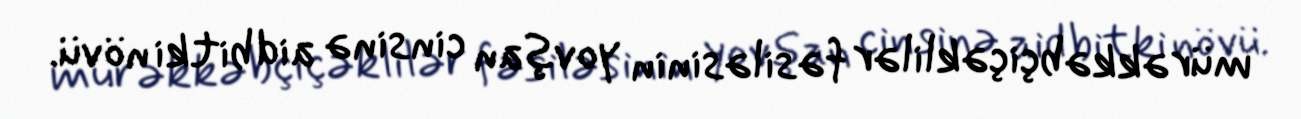
mürəkkəbçiçəklilər fəsiləsinin yovşan cinsinə aid bitki növü.